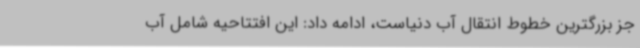
جز بزرگترین خطوط انتقال آب دنیاست، ادامه داد: این افتتاحیه شامل آب